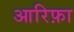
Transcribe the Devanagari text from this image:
आरिफ़ा